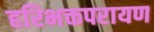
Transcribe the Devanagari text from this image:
हरिभक्तपरायण